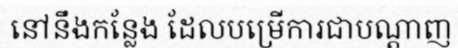
នៅនឹងកន្លែង ដែលបម្រើការជាបណ្តាញ